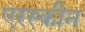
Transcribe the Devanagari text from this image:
एरस्कीन